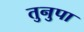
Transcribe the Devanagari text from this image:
तुनुपा